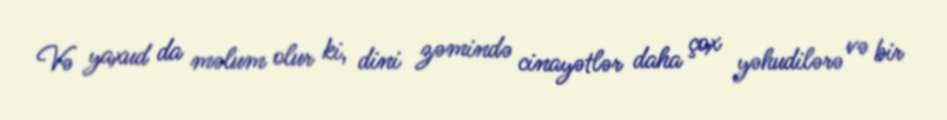
Və yaxud da məlum olur ki, dini zəmində cinayətlər daha çox yəhudilərə və bir